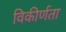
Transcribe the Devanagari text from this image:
विकीर्णता